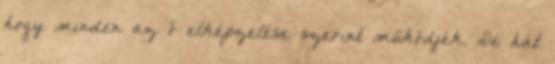
hogy minden az ő elképzelése szerint működjék. De hát